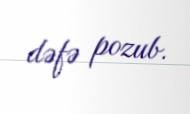
dəfə pozub.